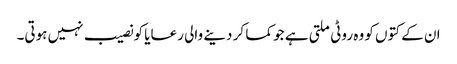
ان کے کتوں کو وہ روٹی ملتی ہے جو کما کر دینے والی رعایا کو نصیب نہیں ہوتی۔